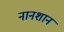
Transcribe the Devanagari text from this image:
नानशान